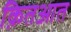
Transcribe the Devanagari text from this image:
क़ितआत